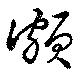
頗